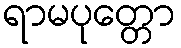
ရာမပုတ္တော